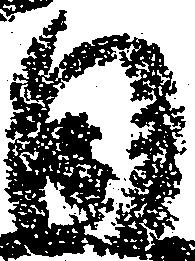
日